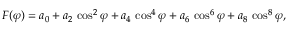
F ( \varphi ) = a _ { 0 } + a _ { 2 } \, \cos ^ { 2 } { \varphi } + a _ { 4 } \, \cos ^ { 4 } { \varphi } + a _ { 6 } \, \cos ^ { 6 } { \varphi } + a _ { 8 } \, \cos ^ { 8 } { \varphi } ,